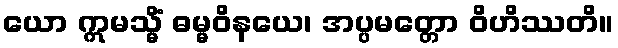
ယော ဣမသ္မိံ ဓမ္မဝိနယေ၊ အပ္ပမတ္တော ဝိဟိဿတိ။